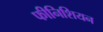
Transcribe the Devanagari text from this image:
फीनिशियन